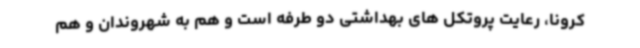
کرونا، رعایت پروتکل های بهداشتی دو طرفه است و هم به شهروندان و هم